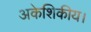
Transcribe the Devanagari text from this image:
अकेशिकीय।